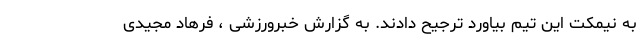
به نیمکت این تیم بیاورد ترجیح دادند. به گزارش خبرورزشی ، فرهاد مجیدی